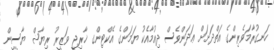
ހަނގުރާމަވެރިންގެ އަތްދަށަށް ޢަދަންވެސް ދިއުމާއެކު ޔަމަންގެ އެކްޓިންގ ޚާރިޖީ ވަޒީރު ރިޔާޟް ޔާސީން